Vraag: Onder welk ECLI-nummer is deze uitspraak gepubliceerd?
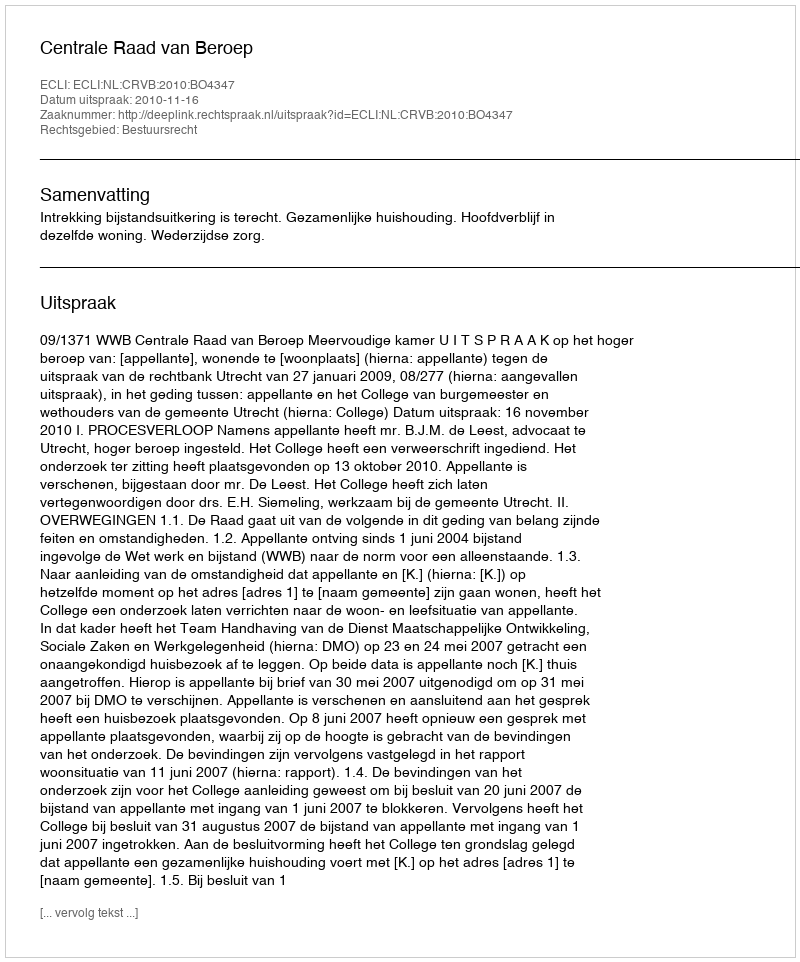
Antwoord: ECLI:NL:CRVB:2010:BO4347